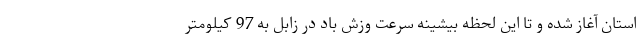
استان آغاز شده و تا این لحظه بیشینه سرعت وزش باد در زابل به 97 کیلومتر